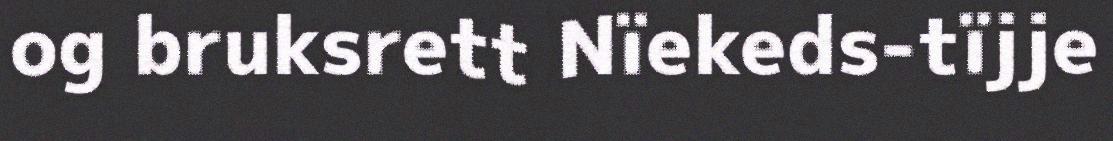
og bruksrett Nïekeds-tïjje